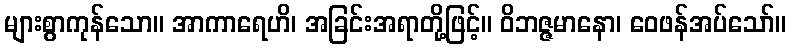
များစွာကုန်သော။ အာကာရေဟိ၊ အခြင်းအရာတို့ဖြင့်။ ဝိဘဇ္ဇမာနော၊ ဝေဖန်အပ်သော်။